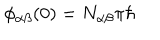
\phi _ { \alpha \beta } ( 0 ) = N _ { \alpha \beta } \pi \hbar